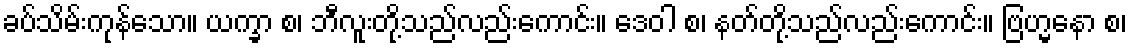
ခပ်သိမ်းကုန်သော။ ယက္ခာ စ၊ ဘီလူးတို့သည်လည်းကောင်း။ ဒေဝါ စ၊ နတ်တို့သည်လည်းကောင်း။ ဗြဟ္မနော စ၊